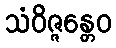
သံဝိဇ္ဇန္တေဝ